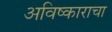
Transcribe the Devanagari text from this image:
अविष्काराचा